Civil Veterinary Department. United Provinces 1932-42 - 1932-1942
Year: 1932
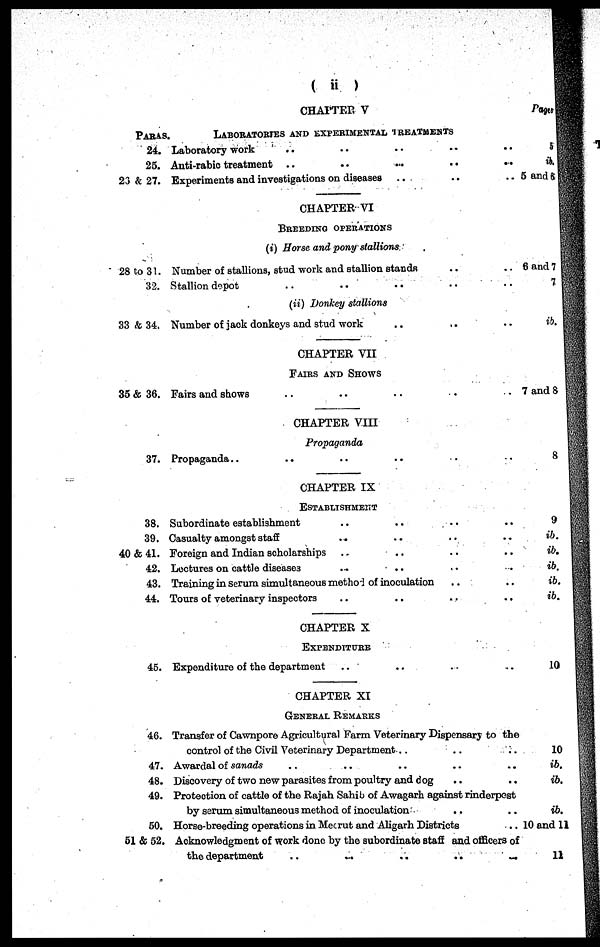
(ii)
PARAS.
24.
25.
23 & 27.
28 to 31.
32.
33 & 34.
35 & 36.
37.
38.
39.
40 & 41.
42.
43.
44.
45.
46.
47.
48.
49.
50.
51 & 52.
CHATTER V
LABORATORIES AND EXPERIMENTAL, TREATMENTS
Laboratory work .. .. .. ..
Anti-rabic treatment ..
..
..
..
..
Experiments and investigations on diseases ..
..
..
CHAPTER VI
BREEDING OPERATIONS
(i) Horse and pony stallions.
Number of stallions, stud work and stallion stands .. .. ..
Stallion depot .. .. .. .. ..
(u) Donkey stallions
Number of jaok donkeys and stud work .. .. ..
CHAPTER VII
FAIRS AND SHOWS
Fairs and shows .. .. .. .. ..
CHAPTER VII
Propaganda
Propaganda.. .. .. .. .. ..
CHAPTER IX
ESTABLISHMENT
Subordinate establishment .. .. .. ..
Casualty amongst staff .. .. .. ..
Foreign and Indian scholarships .. .. .. ..
Lectures on cattle diseases .. .. .. ..
Training in serum simultaneous methd of inoculation .. ..
Tours of veterinary inspectors
..
..
..
..
CHAPTER X
EXPENDITURE
Expenditure of the department .. .. .. ..
CHAPTER XI
GENERAL REMARKS
Transfer of Cawnpore Agricultural Farm Veterinary Dispensary to the
control of the Civil Veterinary Department .. .. ..
Awardal of sanads .. .. .. .. ..
Discovery of two new parasites from poultry and dog .. ..
Protection of cattle of the Rajah Sahib of Awagarh against rinderpest
by serum simultaneous method of inoculation .. ..
Horse-breeding operations in Meerut and Aligarh Districts ..
Acknowledgment of work done by the subordinate staff and officers of
the department
..
...
..
..
..
Pages
5
ib.
5 and 6
6 and 7
7
ib.
7 and 8
8
9
ib.
ib.
ib.
ib.
ib.
10
10
ib.
ib.
ib.
10 and 11
11